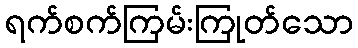
ရက်စက်ကြမ်းကြုတ်သော